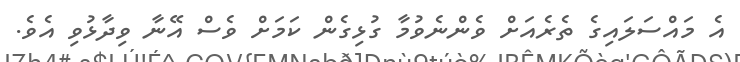
އެ މައްސަލައިގެ ތެރެއަށް ވެންނެވުމާ ގުޅިގެން ކަމަށް ވެސް އޭނާ ވިދާޅުވި އެވެ.